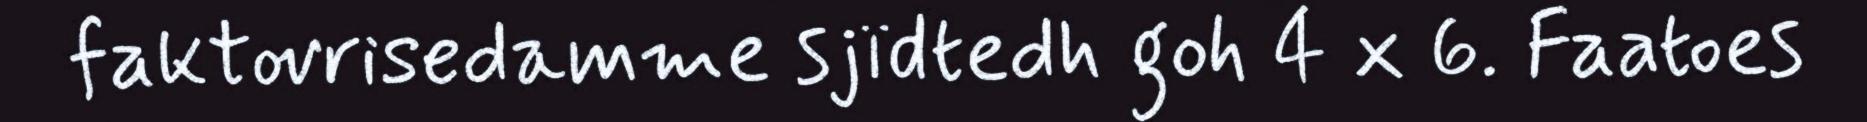
faktovrisedamme sjïdtedh goh 4 x 6. Faatoes